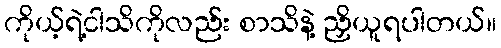
ကိုယ့်ရဲ့ငါသိကိုလည်း စာသိနဲ့ ညှိယူရပါတယ်။